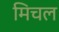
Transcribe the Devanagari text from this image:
मिचल